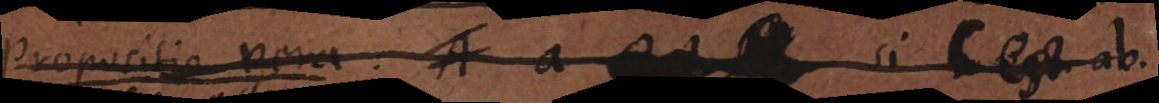
Propositio vera : A a _ si c est ab.